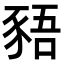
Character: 𬤿